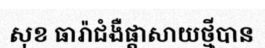
សុខ ធារ៉ាជំងឺផ្តាសាយថ្មីបាន